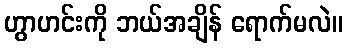
ဟွာဟင်းကို ဘယ်အချိန် ရောက်မလဲ။